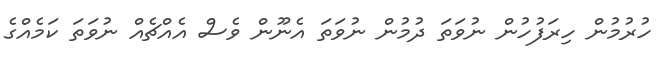
ހުރުމުން ހިރަފުހުން ނުވަތަ ދުމުން ނުވަތަ އެނޫން ވެސް އެއްޗެއް ނުވަތަ ކަމެއްގެ